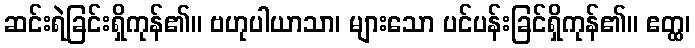
ဆင်းရဲခြင်းရှိကုန်၏။ ဗဟုပါယာသာ၊ များသော ပင်ပန်းခြင်ရှိကုန်၏။ ဧတ္ထ၊